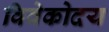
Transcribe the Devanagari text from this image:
विवेकोदय